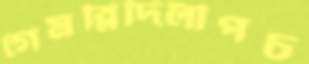
গেমব্লিদিলীপচ